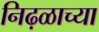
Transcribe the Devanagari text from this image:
निढ़ळाच्या